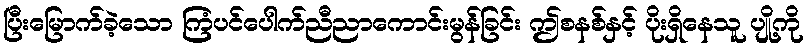
ပြီးမြောက်ခဲ့သော ကြံပင်ပေါက်ညီညာကောင်းမွန်ခြင်း ဤစနစ်နှင့် ပိုးရှိနေသူ ပျို့ကို